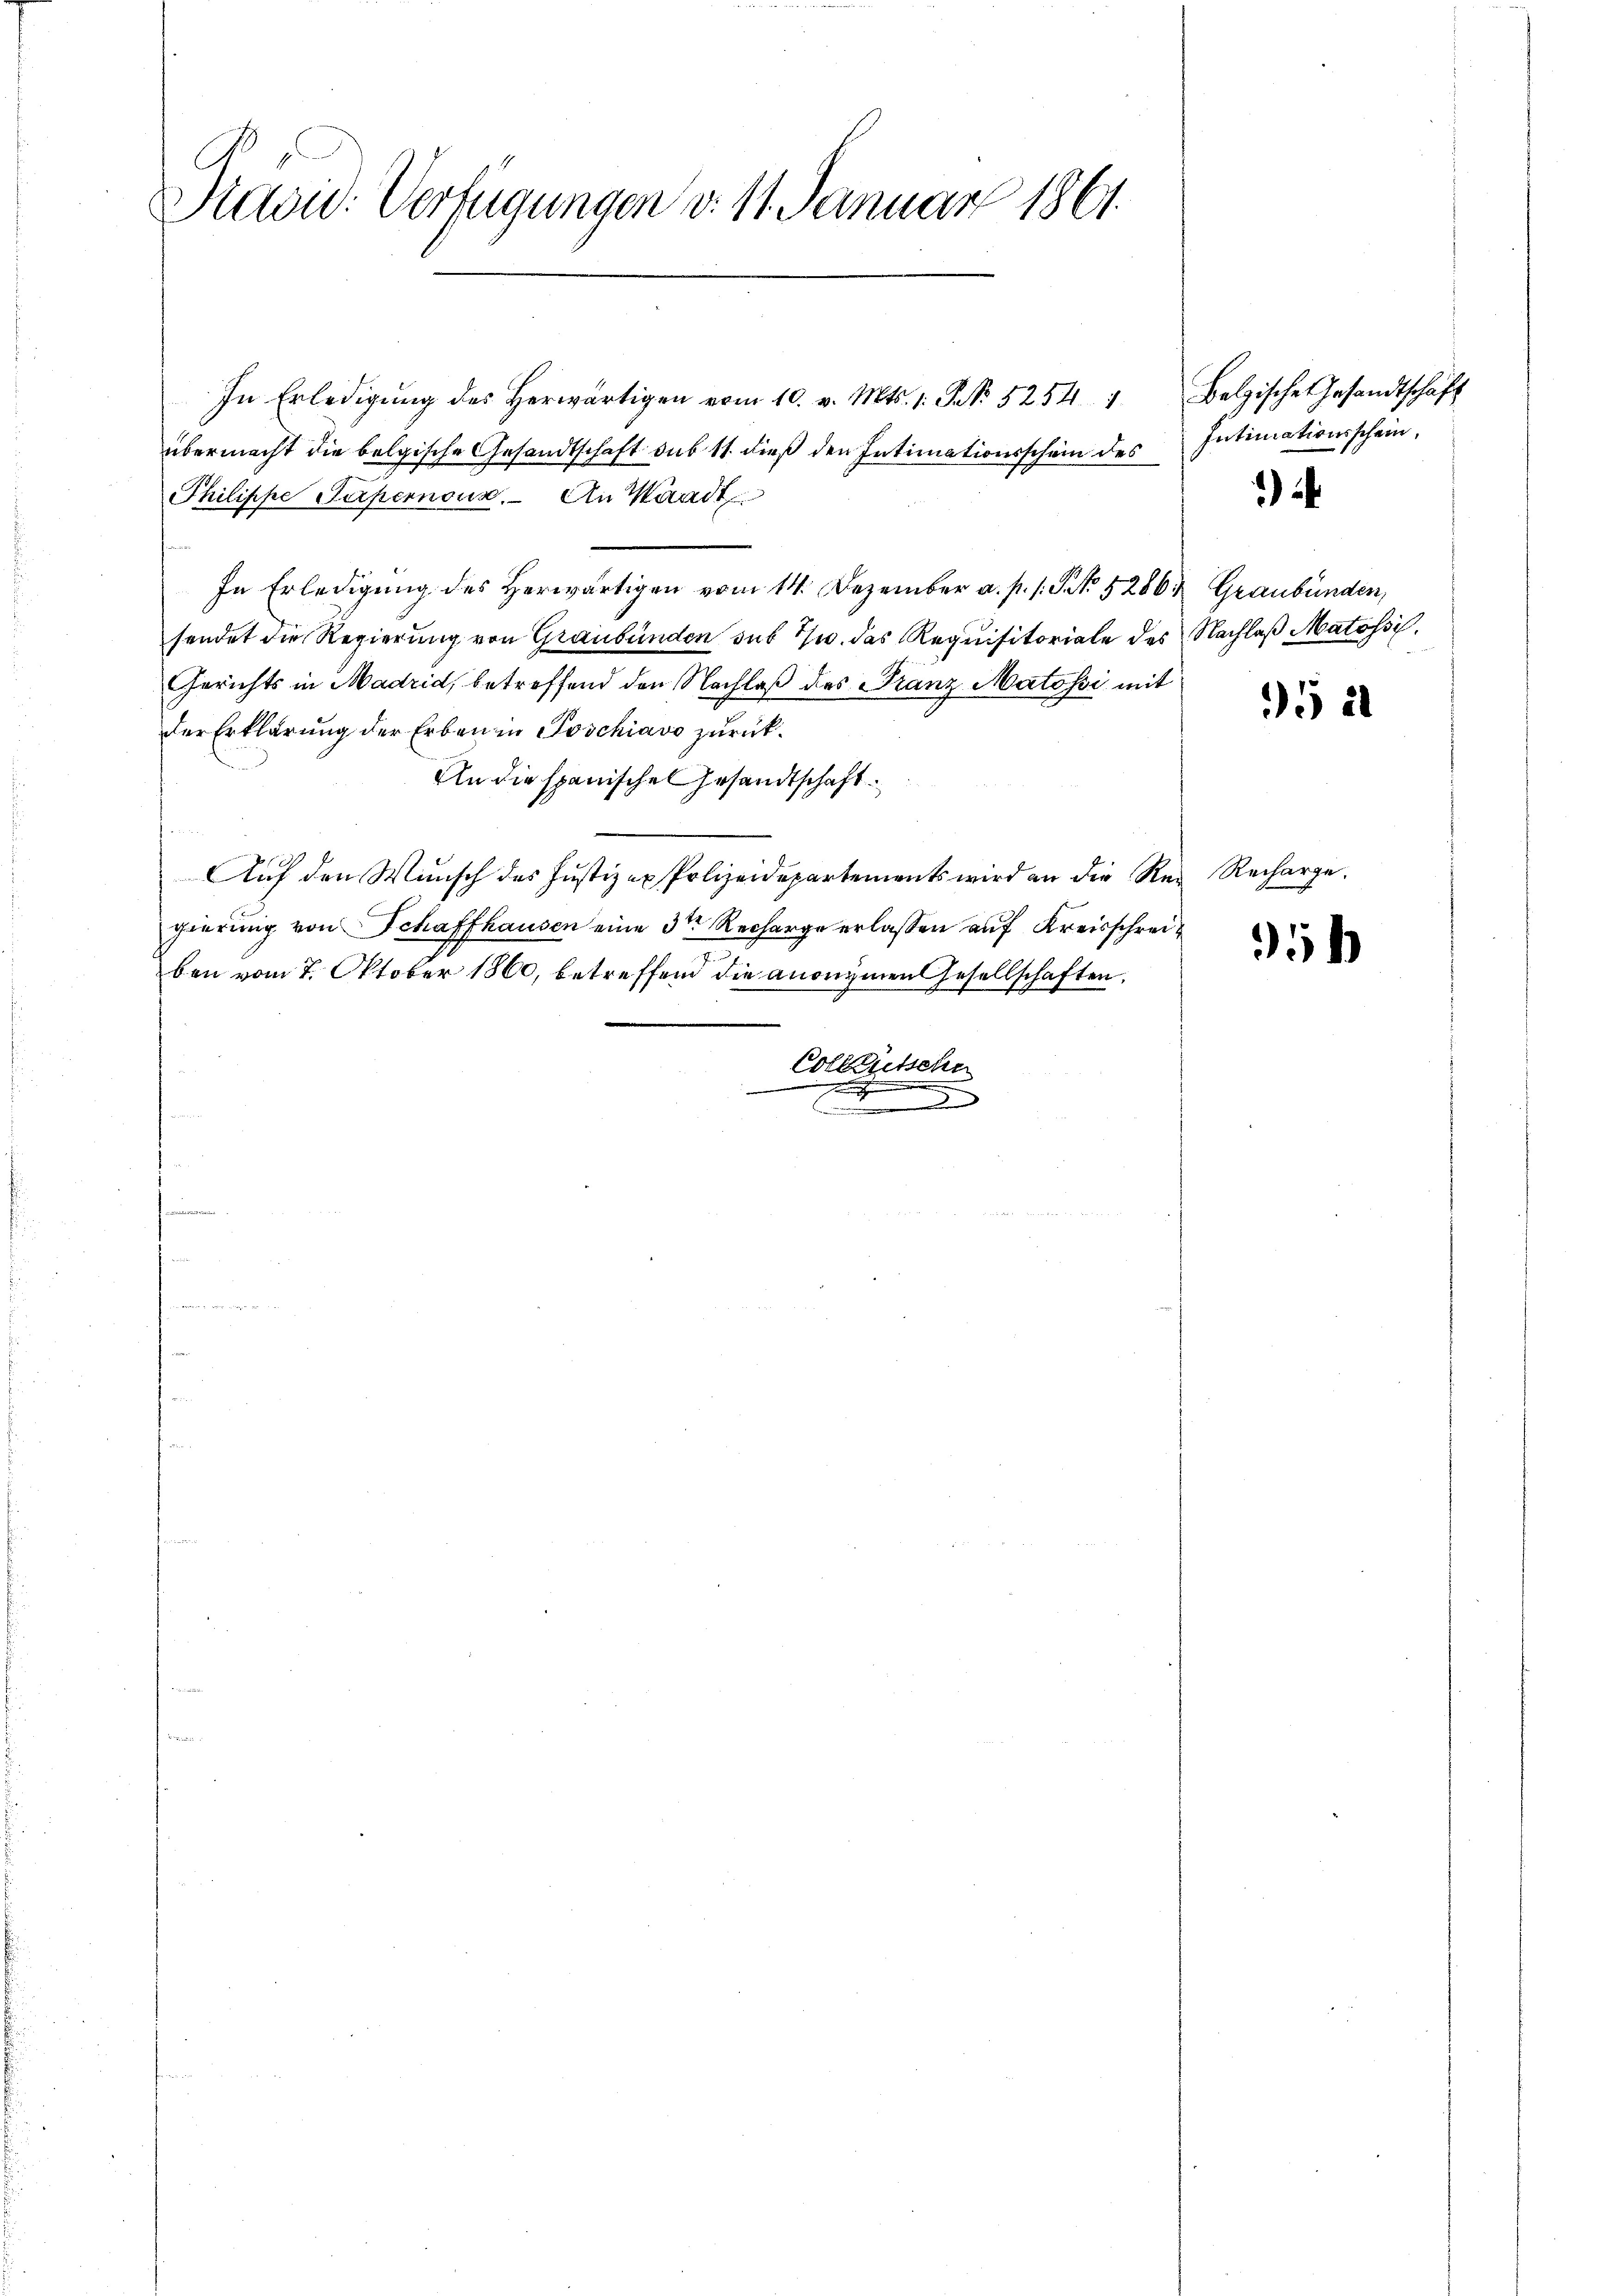
Previd. Verfügungen v. 11. Januar 1861.

In Erledigung des herwärtigen vom 10. v. Mts. 1. S. 5254 1
übermacht die belgische Gesandtschaft sub 11. dieß den Intimationsschein des Intimationsschein.
Philippe Serpernoun. An Waadt
In Erledigung des Herwärtigen vom 14. Dezember a. p. 1. P. Nr. 5286. Graubünden,
sendet die Regierung von Graubünden sub 7/w. das Requisitoriale des Nachlaß Matossi¬
Gerichts in Madrid, betreffend den Nachlaß des Franz Matossi mit
der Erklärung der Erben in Poschiavo zurück.
An die spanischen Gesandtschaft
s
Auf den Wunsch des Justiz ex Polizeidepartements wird an die Reg Recharge.
gierung von Schaffhausen eine 3te Recharge erlassen auf Kreisschreiben vom 7. Oktober 1860, betreffend die anonymen Gesellschaften,
Collausschn

d

x

Belgisches Gesandtschäft

.

521

35